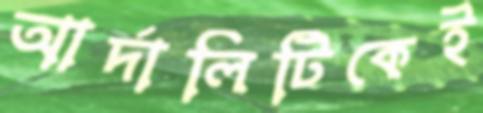
আর্দালিটিকেই